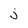
Character: j